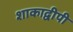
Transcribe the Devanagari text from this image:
शाकाद्वीपी